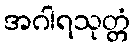
အဂါရသုတ္တံ